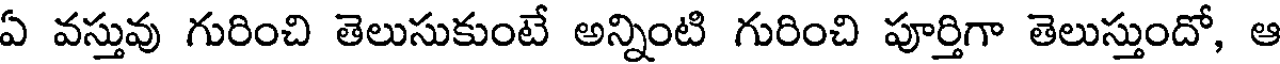
ఏ వస్తువు గురించి తెలుసుకుంటే అన్నింటి గురించి పూర్తిగా తెలుస్తుందో, ఆ